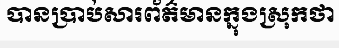
បានប្រាប់សារព័ត៌មានក្នុងស្រុកថា